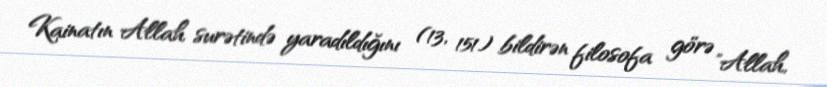
Kainatın Allah surətində yaradıldığını (13, 151) bildirən filosofa görə "Allah,